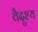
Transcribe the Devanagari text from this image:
वैदुश्य